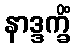
နာဒ္ဒက္ခိံ